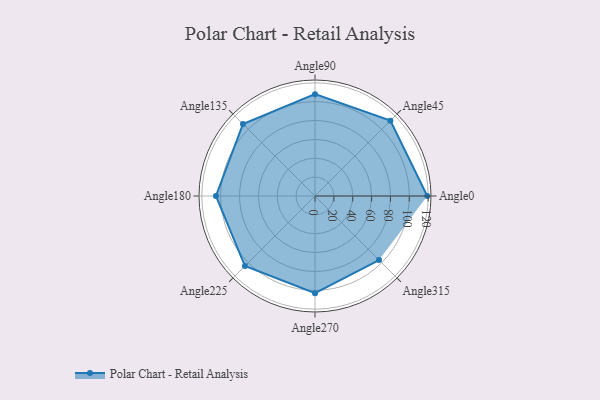
{"axis": {"x": "Angle", "y": "Radius"}, "legend": [""], "data": [{"x": "Angle0", "y": 119.0, "type": ""}, {"x": "Angle45", "y": 113.0, "type": ""}, {"x": "Angle90", "y": 108.0, "type": ""}, {"x": "Angle135", "y": 108.0, "type": ""}, {"x": "Angle180", "y": 105.0, "type": ""}, {"x": "Angle225", "y": 105.0, "type": ""}, {"x": "Angle270", "y": 103.0, "type": ""}, {"x": "Angle315", "y": 96.0, "type": ""}]}